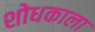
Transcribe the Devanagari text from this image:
शोधकाला